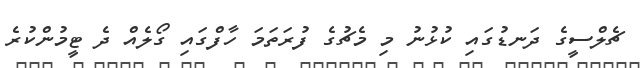
ޗެލްސީގެ ދަނޑުގައި ކުޅުނު މި މެޗުގެ ފުރަތަމަ ހާފްގައި ގޯލެއް ދެ ޓީމުންކުރެ